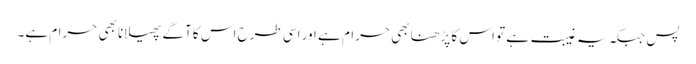
پس جبکہ یہ غیبت ہے تو اس کا پڑھنا بھی حرام ہے اور اسی طرح اس کا آگے پھیلانا بھی حرام ہے۔